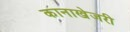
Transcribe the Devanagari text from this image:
कानाखेजरी